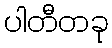
ပါတီတခု